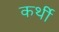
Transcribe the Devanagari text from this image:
कर्थी